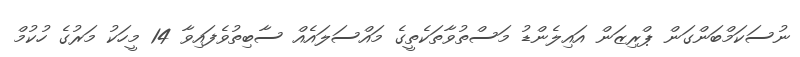
ނުސަކަމްބަންގަން ޕްރިޒަން އައިލެންޑު މަސްތުވާތަކެތީގެ މައްސަލައެއް ސާބިތުވެފައިވާ 14 މީހަކު މަރުގެ ހުކުމް